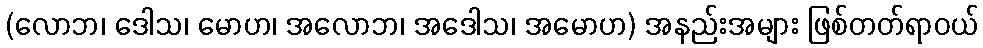
(လောဘ၊ ဒေါသ၊ မောဟ၊ အလောဘ၊ အဒေါသ၊ အမောဟ) အနည်းအများ ဖြစ်တတ်ရာဝယ်